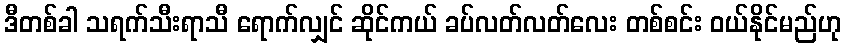
ဒီတစ်ခါ သရက်သီးရာသီ ရောက်လျှင် ဆိုင်ကယ် ခပ်လတ်လတ်လေး တစ်စင်း ဝယ်နိုင်မည်ဟု